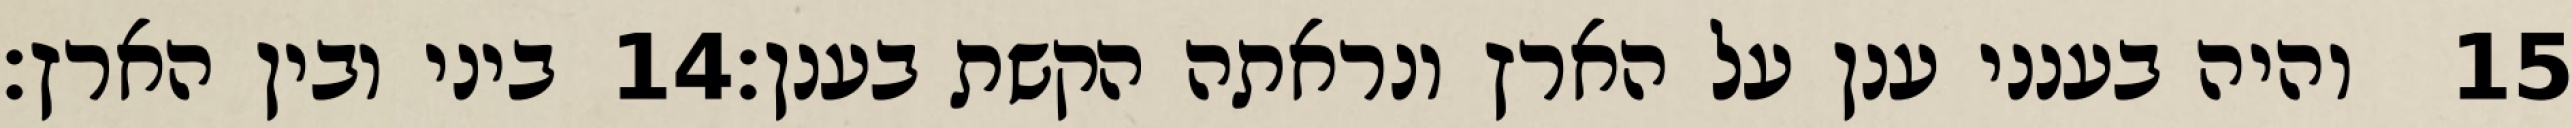
ביני ובין הארץ׃ ‎14‏ והיה בענני ענן על הארץ ונראתה הקשת בענן׃ ‎15‏